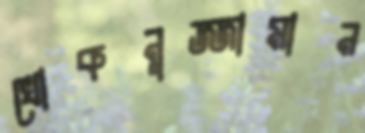
খোকনুজ্জামান